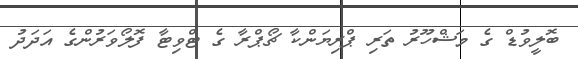
ބޮލީވުޑް ގެ މަޝްހޫރު ތަރި ޕްރިޔަންކާ ޗޯޕްރާ ގެ ޓްވިޓާ ފޮލޯވަރުންގެ އަދަދު